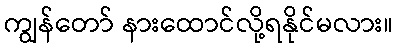
ကျွန်တော် နားထောင်လို့ရနိုင်မလား။